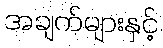
အချက်များနှင့်